Vaccination in Bombay 1874-1876 - 1874-1876
Year: 1874
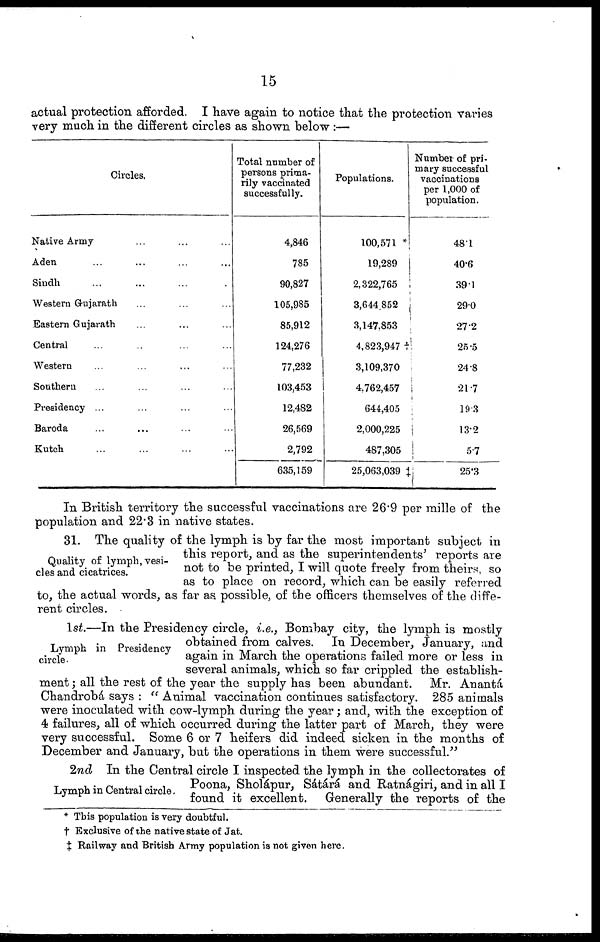
15
actual protection afforded. I have again to notice that the protection varies
very much in the different circles as shown below :—
Circles.
Native Army ... ... ...
Aden ... ... ... ...
Sindh ... ... ... ...
Western Gujarath ... ... ...
Eastern Gujarath ... ... ...
Central ... ... ... ...
Western ... ... ... ...
Southern ... ... ... ...
Presidency ... ... ... ...
Baroda ... ... ... ...
Kutch ... ... ... ...
Total number of
persons prima-
rily vaccinated
successfully.
4,846
785
90,827
105,985
85,912
124,276
77,232
103,453
12,482
26,569
2,792
635,159
Populations.
100,571 *
19,289
2,322,765
3,644,852
3,147,853
4,823,947 †
3,109,370
4,762,457
644,405
2,000,225
487,305
25,063,039 ‡
Number of pri-
mary successful
vaccinations
per 1,000 of
population.
48.1
40.6
39.1
29.0
27.2
25.5
24.8
21.7
19.3
13.2
5.7
25.3
In British territory the successful vaccinations are 26.9 per mille of the
population and 22.3 in native states.
Quality of lymph, vesi-
cles and cicatrices.
31. The quality of the lymph is by far the most important subject in
this report, and as the superintendents' reports are
not to be printed, I will quote freely from theirs, so
as to place on record, which can be easily referred
to, the actual words, as far as possible, of the officers themselves of the diffe-
rent circles.
Lymph in Presidency
circle.
1st.—In the Presidency circle, i.e., Bombay city, the lymph is mostly
obtained from calves. In December, January, and
again in March the operations failed more or less in
several animals, which so far crippled the establish-
ment ; all the rest of the year the supply has been abundant. Mr. Anantá
Chandrobá says : " Animal vaccination continues satisfactory. 285 animals
were inoculated with cow-lymph during the year; and, with the exception of
4 failures, all of which occurred during the latter part of March, they were
very successful. Some 6 or 7 heifers did indeed sicken in the months of
December and January, but the operations in them were successful."
Lymph in Central circle.
2nd In the Central circle I inspected the lymph in the collectorates of
Poona, Sholápur, Sátárá and Ratnágiri, and in all I
found it excellent. Generally the reports of the
* This population is very doubtful.
† Exclusive of the native state of Jat.
‡ Railway and British Army population is not given here.